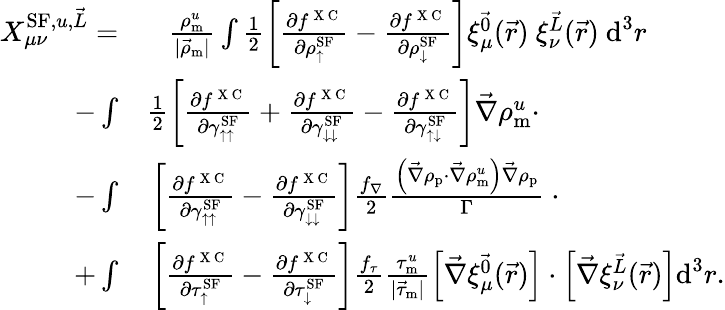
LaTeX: \begin{array}{rl}{X_{\mu\nu}^{\textrm{SF},u,\vec{L}}=}&{{}\phantom{+}\frac{\rho_{\textrm{m}}^{u}}{|\vec{\rho}_{\textrm{m}}|}\int\frac{1}{2}\left[\frac{\partial f^{\mathrm{~X~C~}}}{\partial\rho_{\uparrow}^{\textrm{SF}}}-\frac{\partial f^{\mathrm{~X~C~}}}{\partial\rho_{\downarrow}^{\textrm{SF}}}\right]\xi_{\mu}^{\vec{0}}(\vec{r})~\xi_{\nu}^{\vec{L}}(\vec{r})~\textrm{d}^{3}r}\\ {-\int}&{{}\frac{1}{2}\left[\frac{\partial f^{\mathrm{~X~C~}}}{\partial\gamma_{\uparrow\uparrow}^{\textrm{SF}}}+\frac{\partial f^{\mathrm{~X~C~}}}{\partial\gamma_{\downarrow\downarrow}^{\textrm{SF}}}-\frac{\partial f^{\mathrm{~X~C~}}}{\partial\gamma_{\uparrow\downarrow}^{\textrm{SF}}}\right]\vec{\nabla}\rho_{\textrm{m}}^{u}\cdot}\\ {-\int}&{{}\left[\frac{\partial f^{\mathrm{~X~C~}}}{\partial\gamma_{\uparrow\uparrow}^{\textrm{SF}}}-\frac{\partial f^{\mathrm{~X~C~}}}{\partial\gamma_{\downarrow\downarrow}^{\textrm{SF}}}\right]\frac{f_{\nabla}}{2}\frac{\left(\vec{\nabla}\rho_{\textrm{p}}\cdot\vec{\nabla}\rho_{\textrm{m}}^{u}\right)\vec{\nabla}\rho_{\textrm{p}}}{\Gamma}~\cdot}\\ {+\int}&{{}\left[\frac{\partial f^{\mathrm{~X~C~}}}{\partial\tau_{\uparrow}^{\textrm{SF}}}-\frac{\partial f^{\mathrm{~X~C~}}}{\partial\tau_{\downarrow}^{\textrm{SF}}}\right]\frac{f_{\tau}}{2}\frac{\tau_{\textrm{m}}^{u}}{|\vec{\tau}_{\textrm{m}}|}\left[\vec{\nabla}\xi_{\mu}^{\vec{0}}(\vec{r})\right]\cdot\left[\vec{\nabla}\xi_{\nu}^{\vec{L}}(\vec{r})\right]\textrm{d}^{3}r.}\end{array}